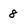
Character: 8